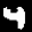
Label: 4